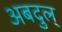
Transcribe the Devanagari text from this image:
अबदुल्